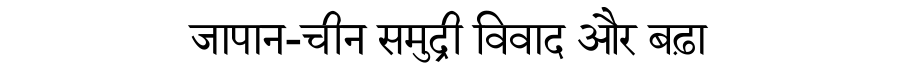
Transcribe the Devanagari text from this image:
जापान-चीन समुद्री विवाद और बढ़ा